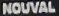
NOUVAL